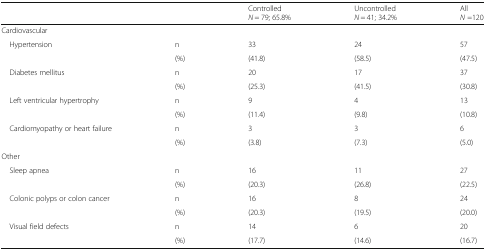
| <COLSPAN=2>  | ControlledN = 79; 65.8% | UncontrolledN = 41; 34.2% | AllN =120 |
 | --- | --- | --- | --- | --- |
 | <COLSPAN=5> Cardiovascular |
 | <ROWSPAN=2> Hypertension | n | 33 | 24 | 57 |
 | (%) | (41.8) | (58.5) | (47.5) |
 | <ROWSPAN=2> Diabetes mellitus | n | 20 | 17 | 37 |
 | (%) | (25.3) | (41.5) | (30.8) |
 | <ROWSPAN=2> Left ventricular hypertrophy | n | 9 | 4 | 13 |
 | (%) | (11.4) | (9.8) | (10.8) |
 | <ROWSPAN=2> Cardiomyopathy or heart failure | n | 3 | 3 | 6 |
 | (%) | (3.8) | (7.3) | (5.0) |
 | <COLSPAN=5> Other |
 | <ROWSPAN=2> Sleep apnea | n | 16 | 11 | 27 |
 | (%) | (20.3) | (26.8) | (22.5) |
 | <ROWSPAN=2> Colonic polyps or colon cancer | n | 16 | 8 | 24 |
 | (%) | (20.3) | (19.5) | (20.0) |
 | <ROWSPAN=2> Visual field defects | n | 14 | 6 | 20 |
 | (%) | (17.7) | (14.6) | (16.7) |